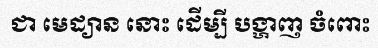
ជា មេដ្យាន នោះ ដើម្បី បង្ហាញ ចំពោះ